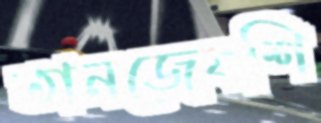
তানজেবশি